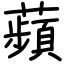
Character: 蘋